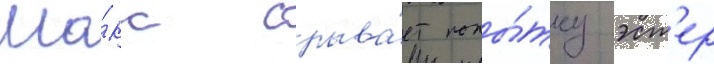
Ма́кс срыва́ет попы́тку эст'ер